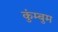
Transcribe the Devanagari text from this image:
कुंम्बुम